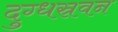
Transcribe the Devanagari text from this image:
दुग्धस्रवन